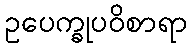
ဥပေက္ခုပဝိစာရာ